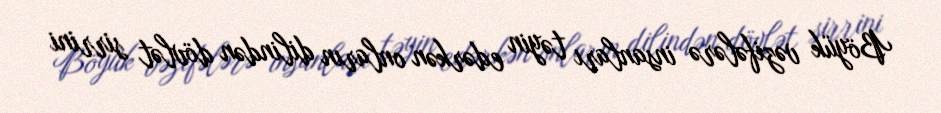
Böyük vəzifələrə insanları təyin edərkən onların dilindən dövlət sirrini